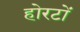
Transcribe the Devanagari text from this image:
होरटों